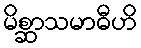
မိစ္ဆာသမာဓီဟိ